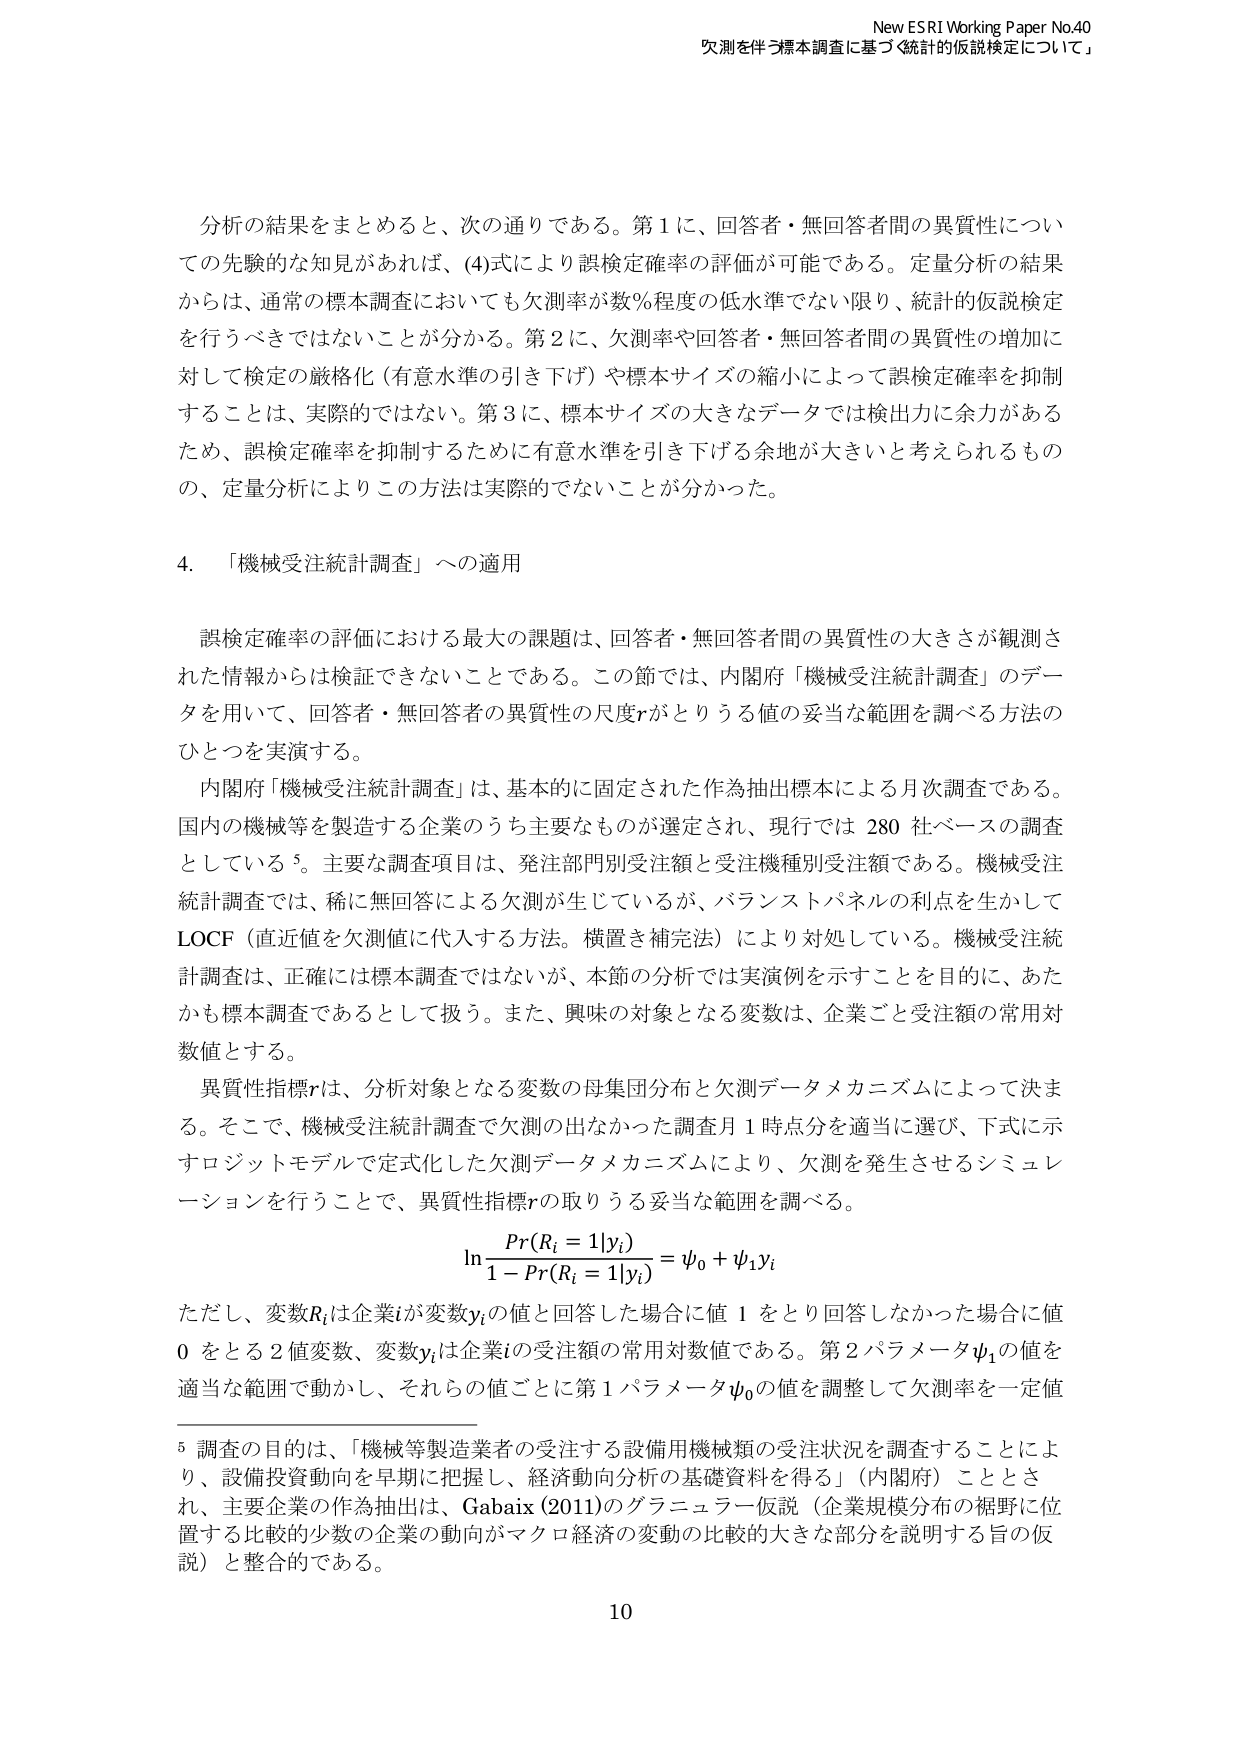
New ESRI Working Paper No.40
欠測を伴う標本調査に基づく統計的仮説検定について」

分析の結果をまとめるとき、次の通りである。第1に、回答者・無回答者間の異質性についての先験的な知見があれば、(4)式により誤検定確率の評価が可能である。定量分析の結果からは、通常の標本調査においても欠測率が数％程度の低水準でない限り、統計的仮説検定を行うべきではないことが分かる。第2に、欠測率や回答者・無回答者間の異質性の増加に対して検定の厳格化（有意水準の引き下げ）や標本サイズの縮小によって誤検定確率を抑制することは、実際的ではない。第3に、標本サイズの大きなデータでは検出力に余力があるため、誤検定確率を抑制するために有意水準を引き下げる余地が大きいと考えられるものの、定量分析によりこの方法は実際的でないことが分かった。

4. 「機械受注統計調査」への適用

誤検定確率の評価における最大の課題は、回答者・無回答者間の異質性の大きさが観測された情報からは検証できないことである。この節では、内閣府「機械受注統計調査」のデータを用いて、回答者・無回答者の異質性の尺度rがとりうる値の妥当な範囲を調べる方法のひとつを実演する。

内閣府「機械受注統計調査」は、基本的に固定された作為抽出標本による月次調査である。国内の機械等を製造する企業のうち主要なものが選定され、現行では280社ベースの調査としている⁵。主要な調査項目は、発注部門別受注額と受注機種別受注額である。機械受注統計調査では、稀に無回答による欠測が生じているが、バランストパネルの利点を生かしてLOCF（直近値を欠測値に代入する方法。横置き補完法）により対処している。機械受注統計調査は、正確には標本調査ではないが、本節の分析では実演例を示すことを目的に、あたかも標本調査であるとして扱う。また、興味の対象となる変数は、企業ごと受注額の常用対数値とする。

異質性指標rは、分析対象となる変数の母集団分布と欠測データメカニズムによって決まる。そこで、機械受注統計調査で欠測の出なかった調査月1時点分を適当に選び、下式に示すロジットモデルで定式化した欠測データメカニズムにより、欠測を発生させるシミュレーションを行うことで、異質性指標rの取りうる妥当な範囲を調べる。

ln[Pr(R_i=1|y_i)/(1-Pr(R_i=1|y_i))] = ψ₀ + ψ₁y_i

ただし、変数R_iは企業iが変数y_iの値と回答した場合に値1をとり回答しなかった場合に値0をとる2値変数、変数y_iは企業iの受注額の常用対数値である。第2パラメータψ₁の値を適当な範囲で動かし、それらの値ごとに第1パラメータψ₀の値を調整して欠測率を一定値

⁵ 調査の目的は、「機械等製造業者の受注する設備用機械類の受注状況を調査することにより、設備投資動向を早期に把握し、経済動向分析の基礎資料を得る」（内閣府）こととされ、主要企業の作為抽出は、Gabaix (2011)のグランニュラー仮説（企業規模分布の裾野に位置する比較的少数の企業の動向がマクロ経済の変動の比較的大きな部分を説明する旨の仮説）と整合的である。

10